Insane asylums in Bengal annual reports 1867-1875 - 1867-1875
Year: 1867
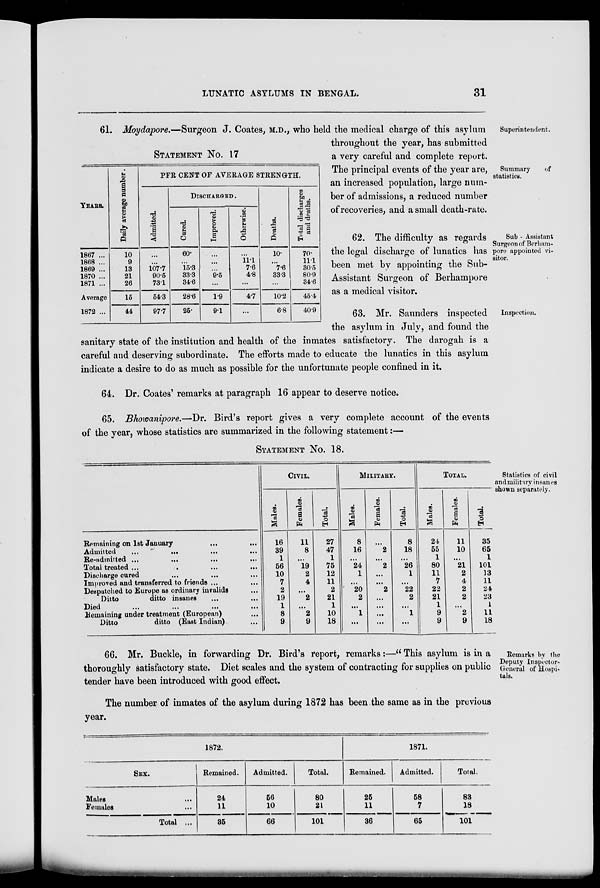
LUNATIC ASYLUMS IN BENGAL.
31
Superintendent.
Summary
of
statistics.
STATEMENT NO. 17
YEARS.
1867 ...
1868 ...
1869 ...
1870 ...
1871 ...
Average
1872 ...
Daily average number.
10
9
13
21
26
15
44
PER CENT OF AVERAGE STRENGTH.
Admitted.
...
...
107.7
90.5
731
54.3
97.7
DISCHARGED .
Cured.
60.
...
15.3
33.3
34.6
28.6
25.
Improved.
...
...
...
9.5
...
1.9
9.1
Otherwise.
...
11.1
7.6
4.8
...
4.7
...
Deaths.
10.
...
7.6
33.3
...
10.2
6.8
Total discharges
and deaths.
70.
11.1
30.5
80.9
34.6
45.4
40.9
61. Moydapore.—Surgeon J. Coates, M.D., who held the medical charge of this asylum
throughout the year, has submitted
a very careful and complete report.
The principal events of the year are,
an increased population, large num-
ber of admissions, a reduced number
of recoveries, and a small death-rate.
Sub - Assistant
Surgeon of Berham-
pore appointed vi-
sitor.
62. The difficulty as regards
the legal discharge of lunatics has
been met by appointing the Sub-
Assistant Surgeon of Berhampore
as a medical visitor.
Inspection.
63. Mr. Saunders inspected
the asylum in July, and found the
sanitary state of the institution and health of the inmates satisfactory. The darogah is a
careful and deserving subordinate. The efforts made to educate the lunatics in this asylum
indicate a desire to do as much as possible for the unfortunate people confined in it.
64. Dr. Coates' remarks at paragraph 16 appear to deserve notice.
65. Bhowanipore.—Dr. Bird's report gives a very complete account of the events
of the year, whose statistics are summarized in the following statement:—
Statistics of civil
and military insanes
shown separately.
STATEMENT No. 18.
Remaining on 1st January
...
...
Admitted
...
...
...
...
Re-admitted ... ... ... ...
Total treated ... ... ... ... ...
Discharge cured ... ... ... ...
Improved and transferred to friends ... ...
Despatched to Europe as ordinary invalids
...
Ditto
ditto insanes
...
...
Died ... ... ... ...
Remaining under treatment (European) ...
Ditto
ditto (East Indian) ...
CIVIL.
Males.
16
39
1
56
10
7
2
19
1
8
9
Females.
11
8
...
19
2
4
...
2
...
2
9
Total.
27
47
1
75
12
11
2
21
1
10
18
MILLITARY.
Males.
8
16
...
24
1
...
20
2
...
1
...
Females.
...
2
...
2
...
...
2
...
...
...
...
Total.
8
18
...
26
1
...
22
2
...
1
...
TOTAL.
Males.
24
55
1
80
11
7
22
21
1
9
9
Females.
11
10
...
21
2
4
2
2
...
2
9
Total.
35
65
1
101
13
11
24
23
1
11
18
Remarks by the
Deputy Inspector-
General of Hospi-
tals.
66. Mr. Buckle, in forwarding Dr. Bird's report, remarks:—" This asylum is in a
thoroughly satisfactory state. Diet scales and the system of contracting for supplies on public
tender have been introduced with good effect.
The number of inmates of the asylum during 1872 has been the same as in the previous
year.
1872.
SEX.
Males ...
Females ...
Total ...
Remained.
24
11
35
Admitted.
56
10
66
Total.
80
21
101
1871.
Remained.
25
11
36
Admitted.
58
7
65
Total.
83
18
101